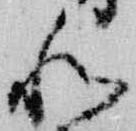
和